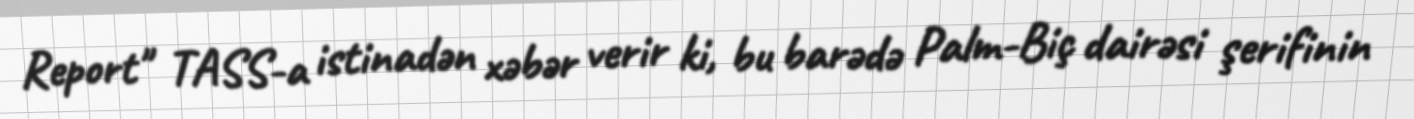
Report" TASS-a istinadən xəbər verir ki, bu barədə Palm-Biç dairəsi şerifinin